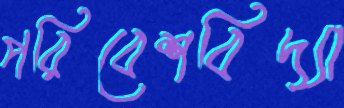
পরিবেশবিদ্যা